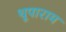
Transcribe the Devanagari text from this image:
थूपाराम